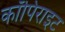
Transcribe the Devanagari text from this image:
कॉपिराइट